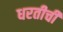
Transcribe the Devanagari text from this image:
धरतीची